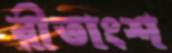
রীতাংশ